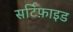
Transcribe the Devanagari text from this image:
सर्टिफ़ाइड